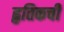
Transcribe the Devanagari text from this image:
हृतिकची